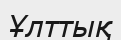
Ұлттық